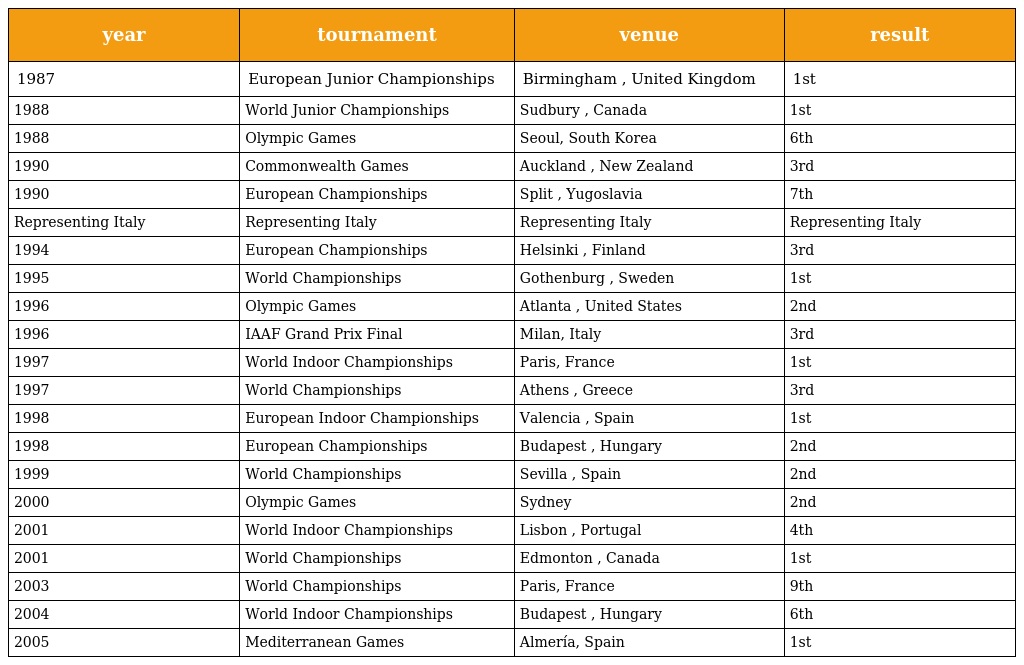
| year | tournament | venue | result |
 | --- | --- | --- | --- |
 | 1987 | European Junior Championships | Birmingham , United Kingdom | 1st |
 | 1988 | World Junior Championships | Sudbury , Canada | 1st |
 | 1988 | Olympic Games | Seoul, South Korea | 6th |
 | 1990 | Commonwealth Games | Auckland , New Zealand | 3rd |
 | 1990 | European Championships | Split , Yugoslavia | 7th |
 | Representing Italy | Representing Italy | Representing Italy | Representing Italy |
 | 1994 | European Championships | Helsinki , Finland | 3rd |
 | 1995 | World Championships | Gothenburg , Sweden | 1st |
 | 1996 | Olympic Games | Atlanta , United States | 2nd |
 | 1996 | IAAF Grand Prix Final | Milan, Italy | 3rd |
 | 1997 | World Indoor Championships | Paris, France | 1st |
 | 1997 | World Championships | Athens , Greece | 3rd |
 | 1998 | European Indoor Championships | Valencia , Spain | 1st |
 | 1998 | European Championships | Budapest , Hungary | 2nd |
 | 1999 | World Championships | Sevilla , Spain | 2nd |
 | 2000 | Olympic Games | Sydney | 2nd |
 | 2001 | World Indoor Championships | Lisbon , Portugal | 4th |
 | 2001 | World Championships | Edmonton , Canada | 1st |
 | 2003 | World Championships | Paris, France | 9th |
 | 2004 | World Indoor Championships | Budapest , Hungary | 6th |
 | 2005 | Mediterranean Games | Almería, Spain | 1st |